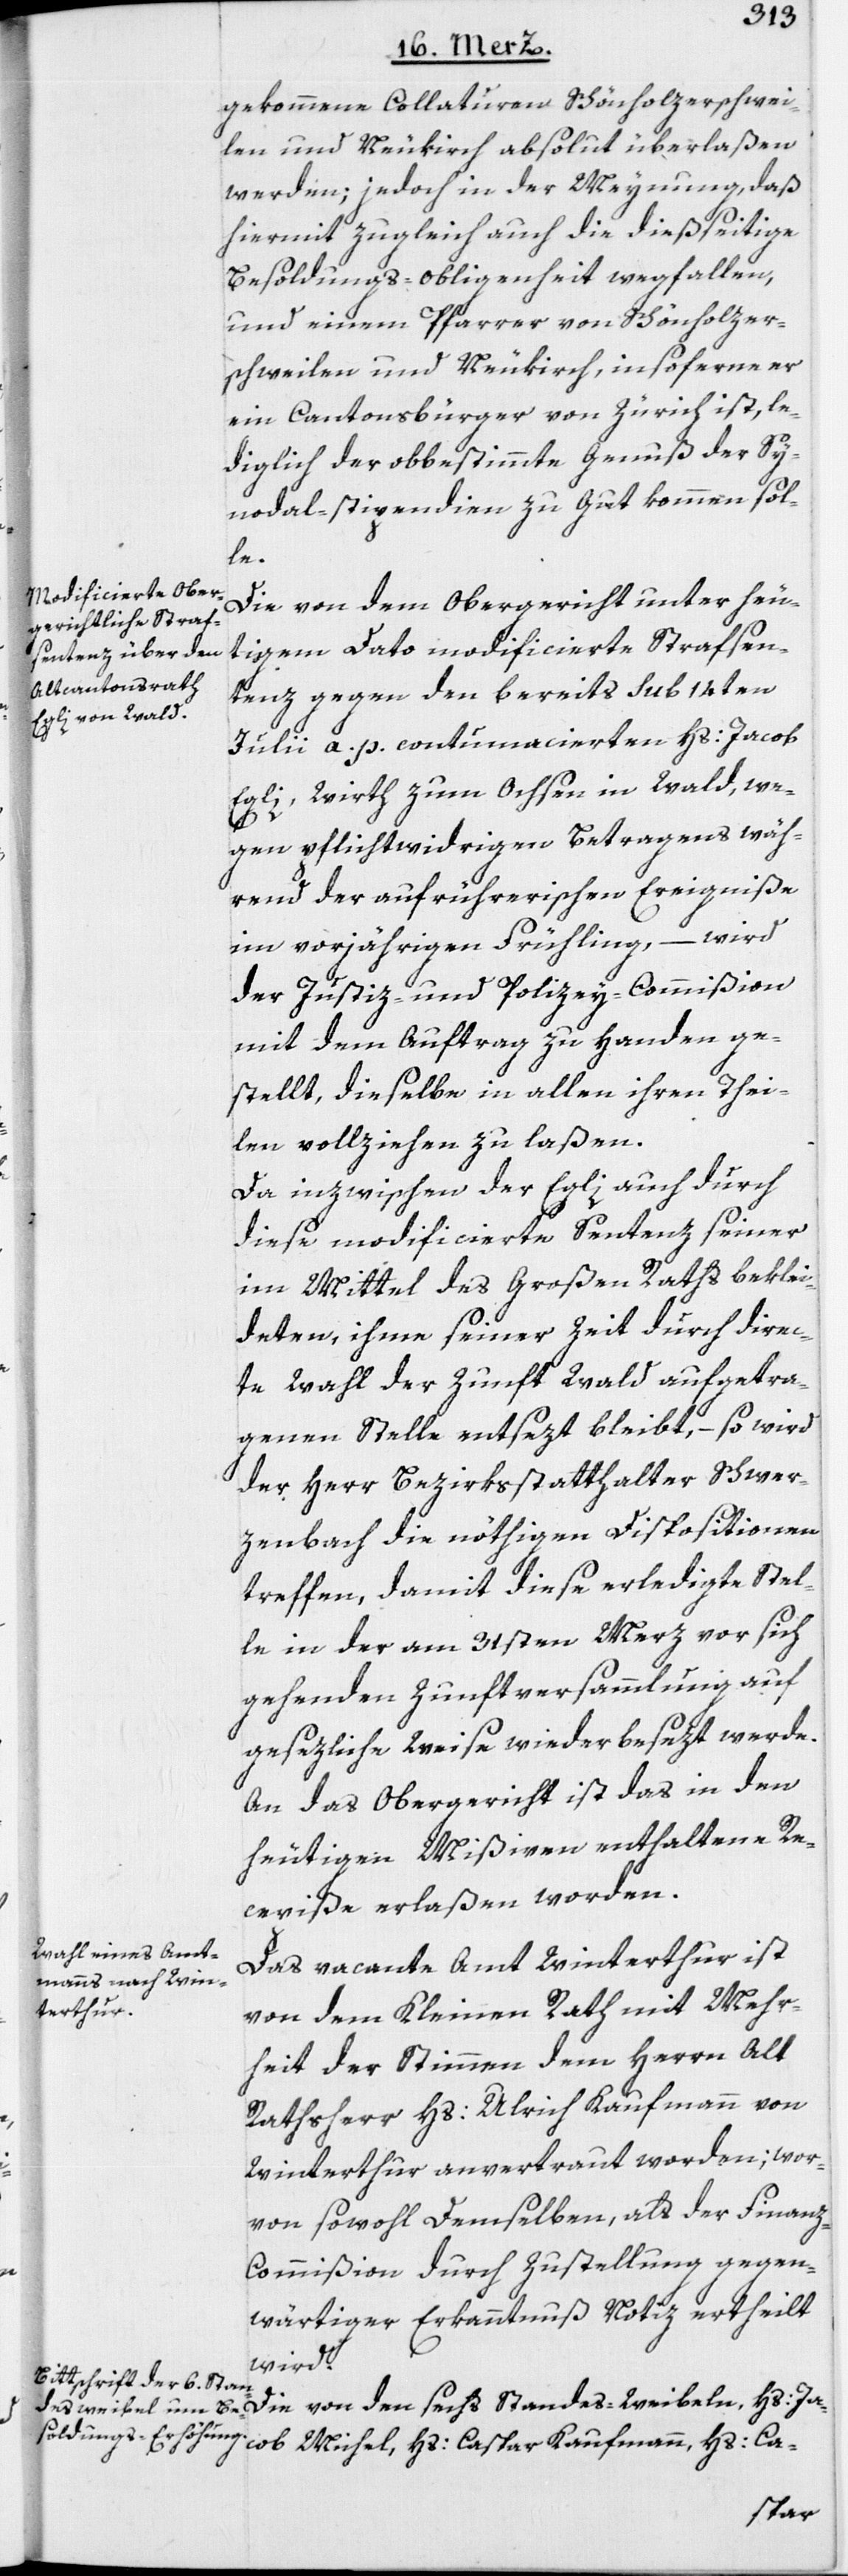
gekommene Collaturen Schönholzerschwei¬
len und Neukirch absolut überlaßen
werden; jedoch in der Meynung, daß
hiermit zugleich auch die dießseitige
Besoldungs-Obliegenheit wegfallen,
und einem Pfarrer von Schönholzer¬
schweilen und Neukirch, insoferne er
ein Cantonsbürger von Zürich ist, le¬
diglich der obbestimmte Genuß der Sy¬
nodal-stipendien zu Gut kommen sol¬
le.
Die von dem Obergericht unter heu¬
tigem Dato modificierte Strafsen¬
tenz gegen den bereits sub 14ten
Julii a. p. contumacierten Hs: Jacob
Egli, Wirth zum Ochsen in Wald, we¬
gen pflichtwidrigen Betragens wäh¬
rend der aufrührerischen Ereigniße
im vorjährigen Frühling, – wird
der Justiz- und Polizey-Commißion
mit dem Auftrag zu Handen ge¬
stellt, dieselbe in allen ihren Thei¬
len vollziehen zu laßen.
Da inzwischen der Egli auch durch
diese modificierte Sentenz seiner
im Mittel des Großen Raths beklei¬
deten, ihme seiner Zeit durch direc¬
te Wahl der Zunft Wald aufgetra¬
genen Stelle entsezt bleibt, – so wird
der Herr Bezirksstatthalter Schwer¬
zenbach die nöthigen Dispositionen
treffen, damit diese erledigte Stel¬
le in der am 31sten Merz vor sich
gehenden Zunftversammlung auf
gesezliche Weise wiederbesezt werde.
An das Obergericht ist das in den
heutigen Mißiven enthaltene Re¬
cepiße erlaßen worden.
Das vacante Amt Winterthur ist
von dem Kleinen Rath mit Mehr¬
heit der Stimmen dem Herrn Alt
Rathsherr Hs: Ulrich Kaufmann von
Winterthur anvertraut worden; wor¬
von sowohl Demselben als der Finanz-C¬
ommißion durch Zustellung gegen¬
wärtiger Erkanntnuß Notiz ertheilt
wird.
Die von den sechs Standes-Weibeln, Hs: Ja¬
cob Michel, Hs: Caspar Kaufmann, Hs: Ca-